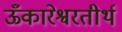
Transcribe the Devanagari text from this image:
ऊँकारेश्वरतीर्थ